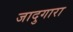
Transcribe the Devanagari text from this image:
जादुगारा